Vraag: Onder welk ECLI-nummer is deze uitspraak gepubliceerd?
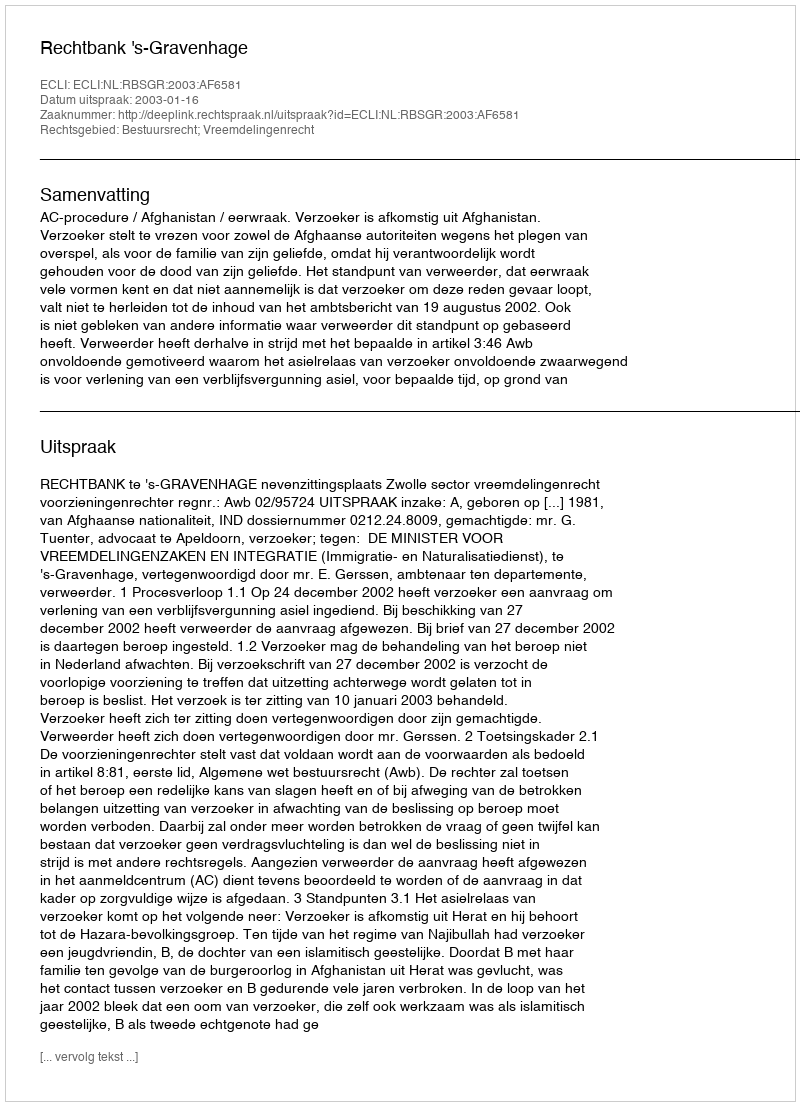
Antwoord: ECLI:NL:RBSGR:2003:AF6581